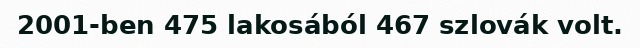
2001-ben 475 lakosából 467 szlovák volt.